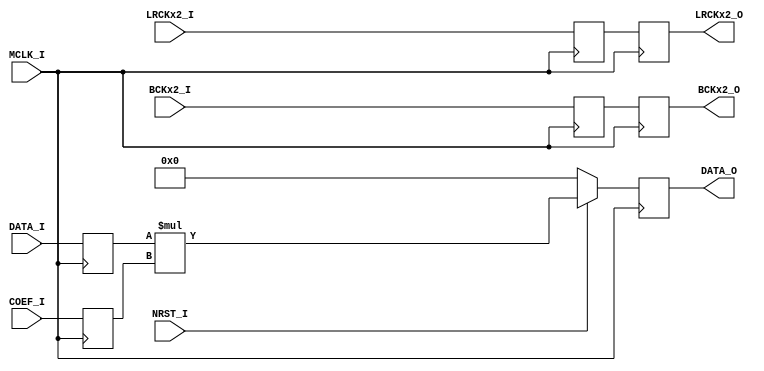
/*-----------------------------------------------------------------------------
* MULT.v
*
* PCM DATA & Digital Filter Multiplier w/ input & output register.
*
* Version: 0.15
*
* Port
*   Input
*       MCLK_I     : Master Clock Input
*       DATA_I     : PCM Data Input
*       COEF_I     : Filter Coefficient Input
*       LRCKx2_I   : Oversampled LRCK input
*       BCKx2_I    : Oversampled BCK input, Added 2023/09/03
*       NRST_I     : Reset Input (Active Low)
*
*   Output
*       DATA_O     : Multiplied Data Output
*       LRCKx2_O   : Oversampled LRCK Output (w/ delay)
*       BCKx2_O    : Oversampled BCK Output (w/ delay), Added 2023/09/03
*
* Parameter
*       DATA_WIDTH : PCM Data input bitwise.
*       COEF_WIDTH : Coefficient bitwise.
*
* License
--------------------------------------------------------------------------------
| Copyright AUDIY 2023.                                                        |
|                                                                              |
| This source describes Open Hardware and is licensed under the CERN-OHL-W v2. |
|                                                                              |
| You may redistribute and modify this source and make products using it under |
| the terms of the CERN-OHL-W v2 (https:/cern.ch/cern-ohl).                    |
|                                                                              |
| This source is distributed WITHOUT ANY EXPRESS OR IMPLIED WARRANTY,          |
| INCLUDING OF MERCHANTABILITY, SATISFACTORY QUALITY AND FITNESS FOR A         |
| PARTICULAR PURPOSE. Please see the CERN-OHL-W v2 for applicable conditions.  |
|                                                                              |
| Source location: https://github.com/AUDIY/FIR_x2                             |
|                                                                              |
| As per CERN-OHL-W v2 section 4.1, should You produce hardware based on these |
| sources, You must maintain the Source Location visible on the external case  |
| of the FIR_x2 or other products you make using this source.                  |
--------------------------------------------------------------------------------
*
-----------------------------------------------------------------------------*/

module MULT #(
    /* Parameter Definition */
    parameter DATA_WIDTH = 32,
    parameter COEF_WIDTH = 16,
    parameter ROM_ADDR_WIDTH = 9 // Add parameter to judge BCK Output (2023/11/26)
)
(
    /* Input Port Definition */
    input  wire                                    MCLK_I,
    input  wire signed [DATA_WIDTH-1:0]            DATA_I,
    input  wire signed [COEF_WIDTH-1:0]            COEF_I,
    input  wire                                    LRCKx2_I,
    input  wire                                    BCKx2_I,
    input  wire                                    NRST_I,

    /* Output Port Definition */
    output wire signed [DATA_WIDTH+COEF_WIDTH-1:0] DATA_O,
    output wire                                    LRCKx2_O,
    output wire                                    BCKx2_O
);

    /* Internal Wire/Register Definition */
    reg  LRCKx2_p1 = 1'b0;
    reg  LRCKx2_p2 = 1'b0;
    reg  BCKx2_p1  = 1'b0;
    reg  BCKx2_p2  = 1'b0;
    reg  signed [DATA_WIDTH-1:0]            DATAI_p1 = {DATA_WIDTH{1'b0}};
    reg  signed [COEF_WIDTH-1:0]            COEF_p1  = {COEF_WIDTH{1'b0}};
    reg  signed [DATA_WIDTH+COEF_WIDTH-1:0] DATAO_p1 = {(DATA_WIDTH+COEF_WIDTH){1'b0}};

    wire signed [DATA_WIDTH+COEF_WIDTH-1:0] MULT_WIRE; 

    /* RTL */
    always @ (posedge MCLK_I) begin
        LRCKx2_p1 <= LRCKx2_I;
        LRCKx2_p2 <= LRCKx2_p1;
        BCKx2_p1  <= (ROM_ADDR_WIDTH >= 8) ? BCKx2_I : 1'b0; // Change BCKx2 Input (2023/11/26)
        BCKx2_p2  <= (ROM_ADDR_WIDTH >= 8) ? BCKx2_p1 : 1'b0; // Change BCKx2 Input (2023/11/26)
        DATAI_p1  <= DATA_I;
        COEF_p1   <= COEF_I;
        DATAO_p1  <= (NRST_I == 1'b0) ? {(DATA_WIDTH+COEF_WIDTH){1'b0}} : MULT_WIRE;
    end

    // Note: Multiplier assign recommendation differs depends on FPGA vendor.
    //       Please check the HDL coding guideline of the target FPGA.
    assign MULT_WIRE = DATAI_p1 * COEF_p1;

    assign LRCKx2_O  = LRCKx2_p2;
    assign BCKx2_O   = (ROM_ADDR_WIDTH >= 8) ? BCKx2_p2 : MCLK_I; // Change BCKx2_O Output assignment (2023/11/26)
    assign DATA_O    = DATAO_p1;

endmodule